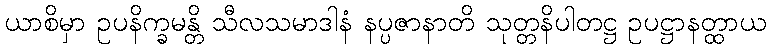
ယာစိမှာ ဥပနိက္ခမန္တိ သီလသမာဒါနံ နပ္ပဇာနာတိ သုတ္တနိပါတဋ္ဌ ဥပဋ္ဌာနတ္ထာယ